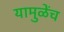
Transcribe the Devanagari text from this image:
यामुळेंच